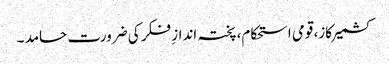
کشمیر کاز، قومی استحکام، پختہ اندازِ فکر کی ضرورت حامد ۔